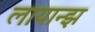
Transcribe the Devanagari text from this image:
लायान्झ